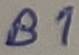
Text: B1